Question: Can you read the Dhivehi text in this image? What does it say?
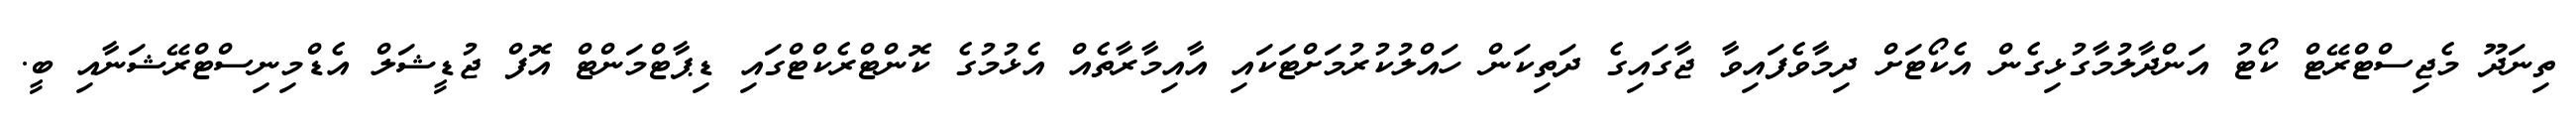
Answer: ތިނަދޫ މެޖިސްޓްރޭޓް ކޯޓު އަންދާލުމާގުޅިގެން އެކޯޓަށް ދިމާވެފައިވާ ޖާގައިގެ ދަތިކަން ހައްލުކުރުމަށްޓަކައި އާއިމާރާތެއް އެޅުމުގެ ކޮންޓްރެކްޓްގައި ޑިޕާޓްމަންޓް އޮފް ޖުޑީޝަލް އެޑްމިނިސްޓްރޭޝަނާއި ބީ.